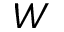
W